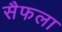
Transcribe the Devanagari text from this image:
सैफला